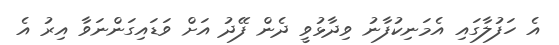
އެ ހަފުލާގައި އެމަނިކުފާނު ވިދާޅުވީ ދެން ފޭދު އަށް ވަޑައިގަންނަވާ އިރު އެ